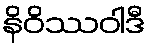
နိဝိဿဝါဒီ